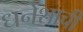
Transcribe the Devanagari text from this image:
धनेशाची